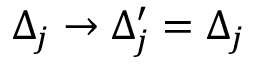
\Delta _ { j } \rightarrow \Delta _ { j } ^ { \prime } = \Delta _ { j }